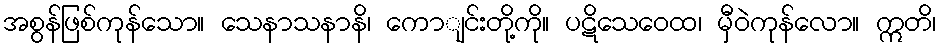
အစွန်ဖြစ်ကုန်သော။ သေနာသနာနိ၊ ကောျင်းတို့ကို။ ပဋိသေဝေထ၊ မှီဝဲကုန်လော။ ဣတိ၊